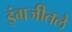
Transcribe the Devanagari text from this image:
इंग्रजीतले